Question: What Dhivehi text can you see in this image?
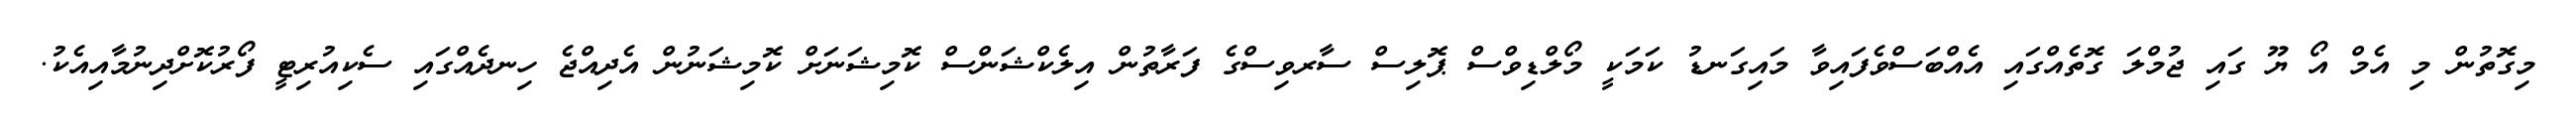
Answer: މިގޮތުން މި އެމް އޯ ޔޫ ގައި ޖުމްލަ ގޮތެއްގައި އެއްބަސްވެފައިވާ މައިގަނޑު ކަމަކީ މޯލްޑިވްސް ޕޮލިސް ސާރވިސްގެ ފަރާތުން އިލެކްޝަންސް ކޮމިޝަނަށް ކޮމިޝަނުން އެދިއްޖެ ހިނދެއްގައި ސެކިއުރިޓީ ފޯރުކޮށްދިނުމާއިއެކު.